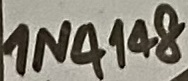
Text: 1N4148